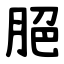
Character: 脃